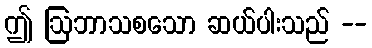
ဤ ဩဘာသစသော ဆယ်ပါးသည် --